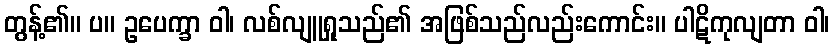
တွန့်၏။ ပ။ ဥပေက္ခာ ဝါ၊ လစ်လျူရှုသည်၏ အဖြစ်သည်လည်းကောင်း။ ပါဋိကုလျတာ ဝါ၊